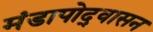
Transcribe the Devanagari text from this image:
मंडापोद्‌वासन